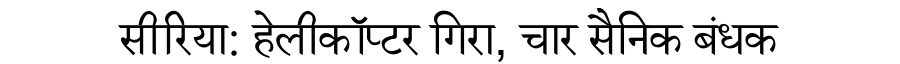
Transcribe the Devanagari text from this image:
सीरिया: हेलीकॉप्टर गिरा, चार सैनिक बंधक